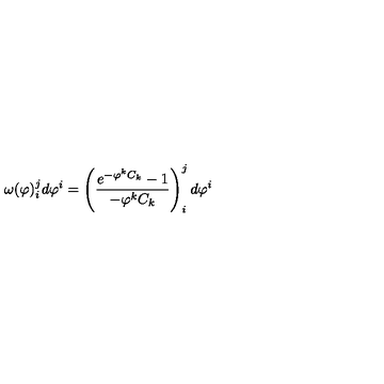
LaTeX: \omega ( \varphi ) _ { i } ^ { j } d \varphi ^ { i } = \left( \frac { e ^ { - \varphi ^ { k } C _ { k } } - 1 } { - \varphi ^ { k } C _ { k } } \right) _ { i } ^ { j } d \varphi ^ { i }